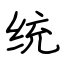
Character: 统